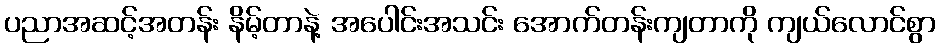
ပညာအဆင့်အတန်း နိမ့်တာနဲ့ အပေါင်းအသင်း အောက်တန်းကျတာကို ကျယ်လောင်စွာ